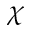
\boldsymbol { \chi }